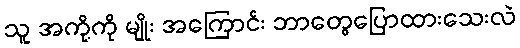
သူ အကို့ကို မျိုး အကြောင်း ဘာတွေပြောထားသေးလဲ